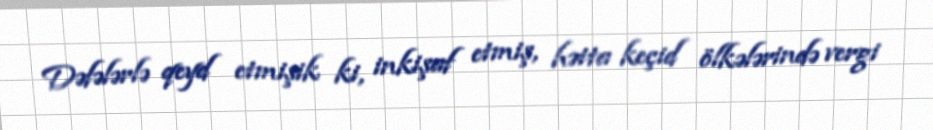
Dəfələrlə qeyd etmişik ki, inkişaf etmiş, hətta keçid ölkələrində vergi